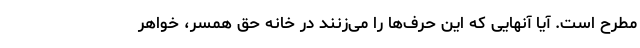
مطرح است. آیا آنهایی که این حرف‌ها را می‌زنند در خانه حق همسر، خواهر